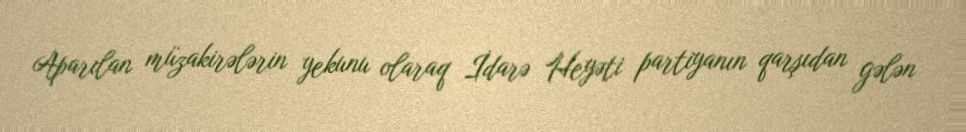
Aparılan müzakirələrin yekunu olaraq İdarə Heyəti partiyanın qarşıdan gələn